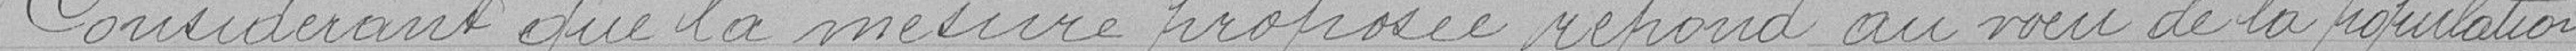
considérant que la mesure proposée répond au voeu de la population